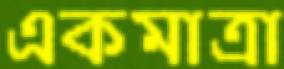
একমাত্রা